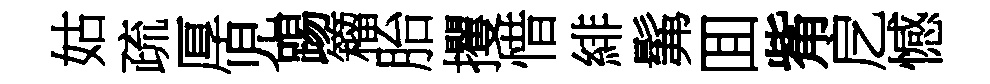
姑疏厚児踢籕胎攫惜緋髴囬觜戹憾